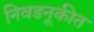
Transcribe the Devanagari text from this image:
निवडनूकीत